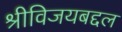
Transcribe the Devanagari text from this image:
श्रीविजयबद्दल